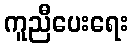
ကူညီပေးရေး